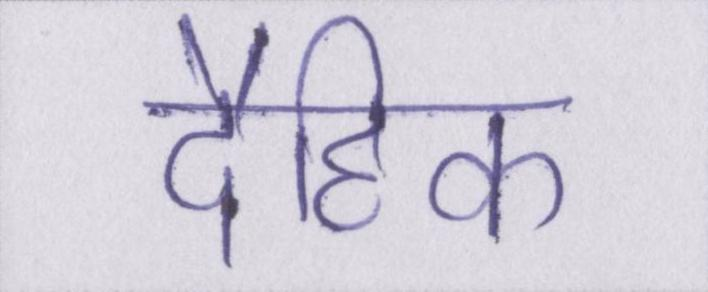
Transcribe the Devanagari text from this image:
दैहिक